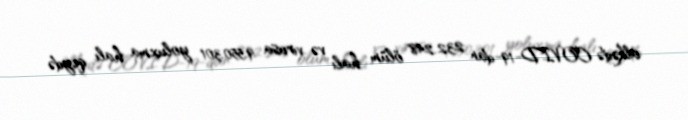
ölkədə COVID-19-dan 232.248 ölüm halı və virusa 9.550.301 yoluxma halı qeydə